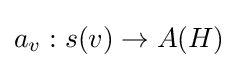
a_{v}:s(v)\rightarrow A(H)